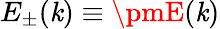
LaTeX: E_{\pm}(\mathit{k})\equiv\pmE(\mathit{k})